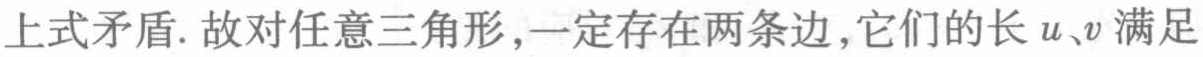
上式矛盾. 故对任意三角形,一定存在两条边,它们的长 \(u、v\) 满足